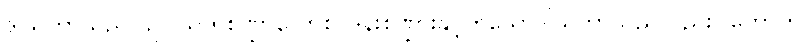
ဒါယကာသည်။ ဥပါသကစဏ္ဍာလောစ၊ ဒွန်းစဏ္ဍားနှင့်တူသောဒါယကာသည်လည်း။ ဟောတိ၊